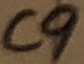
Text: C9